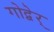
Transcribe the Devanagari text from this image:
गोद्बेर्